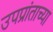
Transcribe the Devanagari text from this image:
उपप्रांताच्या